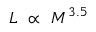
\begin{array} { l } { L \ \propto \ M ^ { 3 . 5 } } \end{array}